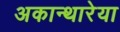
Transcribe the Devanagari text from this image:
अकान्थारेया